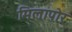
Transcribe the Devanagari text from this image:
मिलापोर